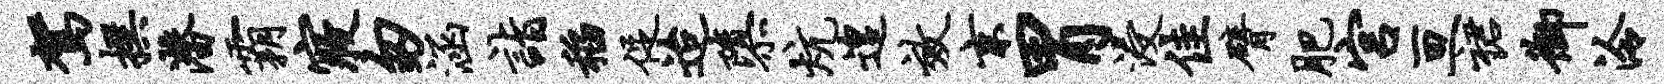
驾撰潜霸寝匆涵诣稻促迨隳炕遑效京胃浸佳臂肥宫亘裙御泠